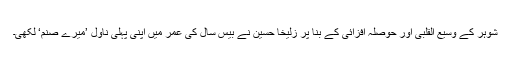
شوہر کے وسیع القلبی اور حوصلہ افزائی کے بنا پر زُلیخا حُسین نے بیس سال کی عمر میں اپنی پہلی ناول ’میرے صنم‘ لکھی۔